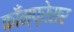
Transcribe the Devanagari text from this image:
काँम्प्रेसर